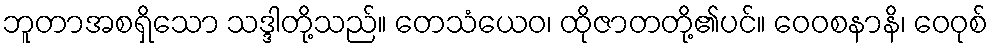
ဘူတာအစရှိသော သဒ္ဒါတို့သည်။ တေသံယေဝ၊ ထိုဇာတတို့၏ပင်။ ဝေဝစနာနိ၊ ဝေဝုစ်